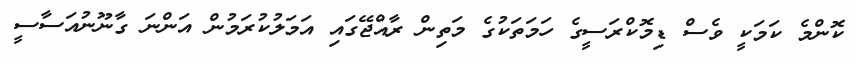
ކޮންމެ ކަމަކީ ވެސް ޑިމޮކްރަސީގެ ހަމަތަކުގެ މަތިން ރާއްޖޭގައި އަމަލުކުރަމުން އަންނަ ގާނޫނުއަސާސީ